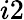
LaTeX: i2